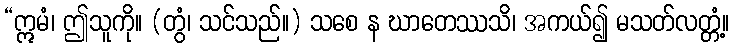
“ဣမံ၊ ဤသူကို။ (တွံ၊ သင်သည်။) သစေ န ဃာတေဿသိ၊ အကယ်၍ မသတ်လတ္တံ့။